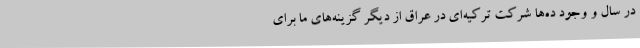
در سال و وجود ده‌ها شرکت ترکیه‌ای در عراق از دیگر گزینه‌های ما برای